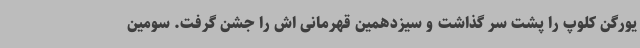
یورگن کلوپ را پشت سر گذاشت و سیزدهمین قهرمانی اش را جشن گرفت. سومین